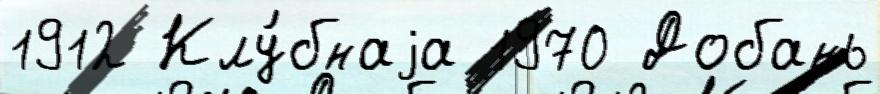
1912 Клу́бнаjа 1970 Добань